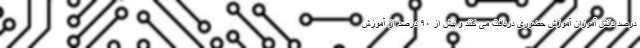
درصد دانش آموزان آموزش حضوری دریافت می کنند و بیش از ۹۰ درصد از آموزش